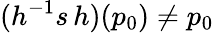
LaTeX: (h^{-1}s\, h)(p_{0})\neq p_{0}